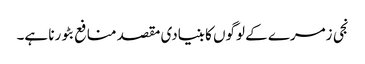
نجی زمرے کے لوگوں کا بنیادی مقصد منافع بٹورنا ہے۔